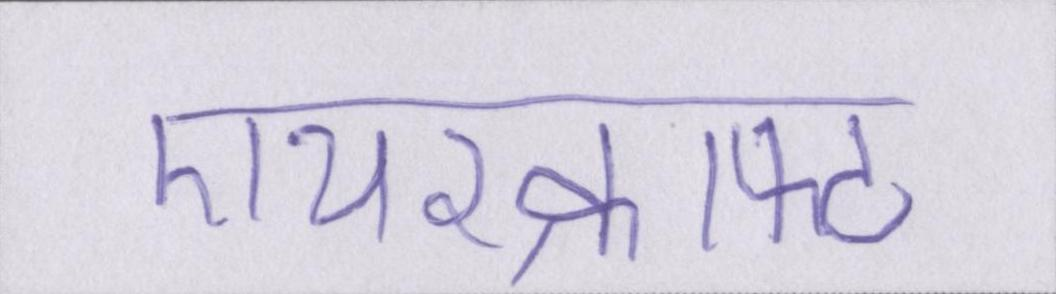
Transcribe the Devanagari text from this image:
एयरक्राफ्ट